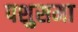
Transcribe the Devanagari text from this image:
पशुसमा